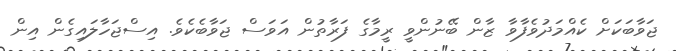
ޖަވާބަކަށް ކެއްމަދުވެފާވާ ޒާން ބޭނުންވީ ރީމާގެ ފަރާތުން އަވަސް ޖަވާބެކެވެ. އިސްޖަހާލައިގެން އިން